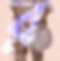
র